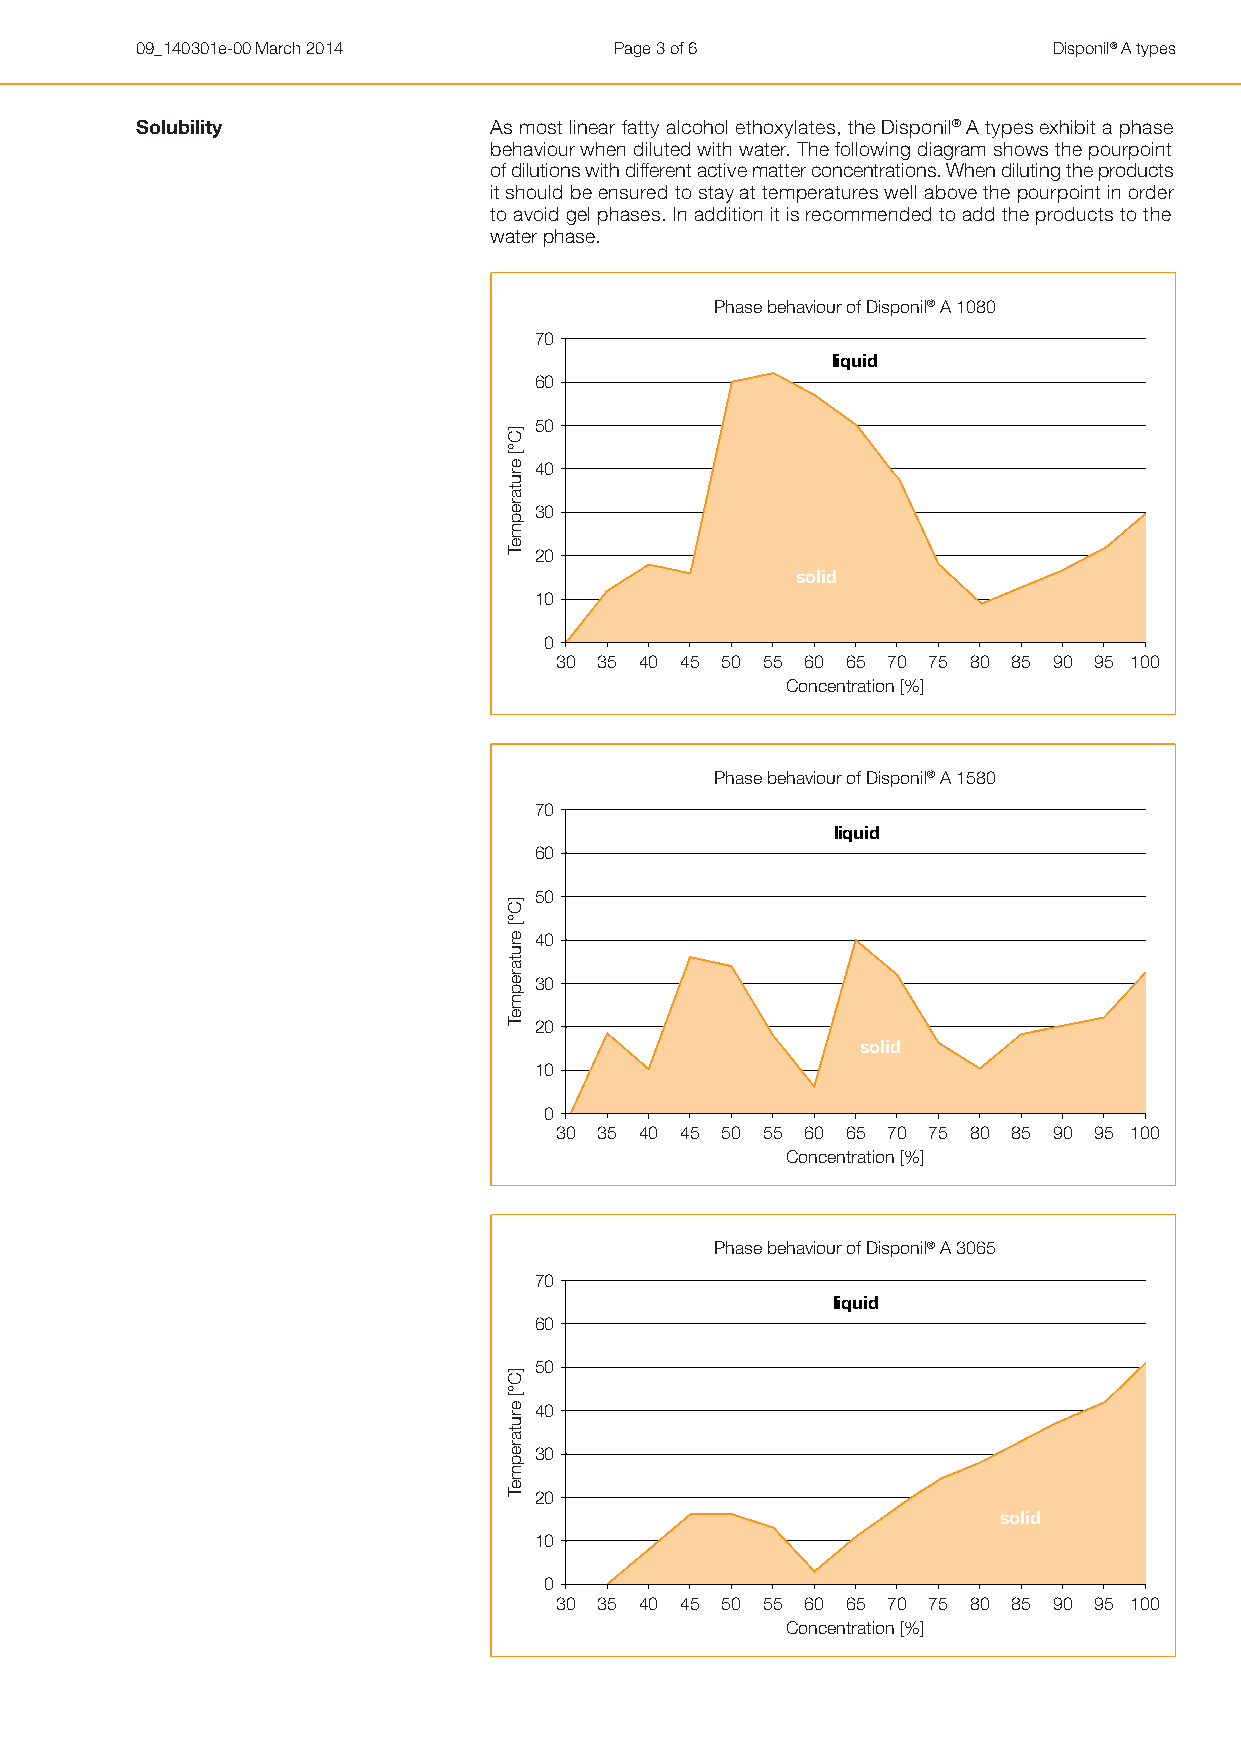
09_140301e-00 March 2014        Page 3 of 6                  Disponil® A types
 Solubility             As most linear fatty alcohol ethoxylates, the Disponil® A types exhibit a phase
 behaviour when diluted with water. The following diagram shows the pourpoint
 of dilutions with different active matter concentrations. When diluting the products
 it should be ensured to stay at temperatures well above the pourpoint in order
 to avoid gel phases. In addition it is recommended to add the products to the
 water phase.
 Phase behaviour of Disponil® A 1080
 70
 liquid
 60
 50
 40
 30
 20
 solid
 10
 0
 30 35 40 45 50 55 60 65 70 75 80 85 90 95 100
 Concentration [%]
 Phase behaviour of Disponil® A 1580
 70
 liquid
 60
 50
 40
 30
 20
 solid
 10
 0
 30 35 40 45 50 55 60 65 70 75 80 85 90 95 100
 Concentration [%]
 Phase behaviour of Disponil® A 3065
 70
 liquid
 60
 50
 40
 30
 20
 solid
 10
 0
 30 35 40 45 50 55 60 65 70 75 80 85 90 95 100
 Concentration [%]
 ]C°[
 erutarepmeT
 ]C°[
 erutarepmeT
 ]C°[
 erutarepmeT